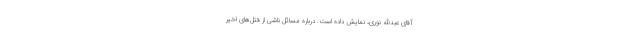
آقاى عبدالله نورى، نمایش داده است. درباره مسائل ناشى از قتل‌هاى اخیر